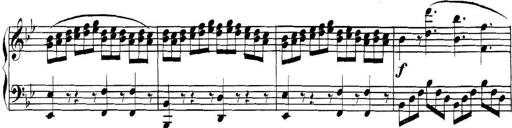
Title: Collected Piano Sonatas
Composer: Muzio Clementi